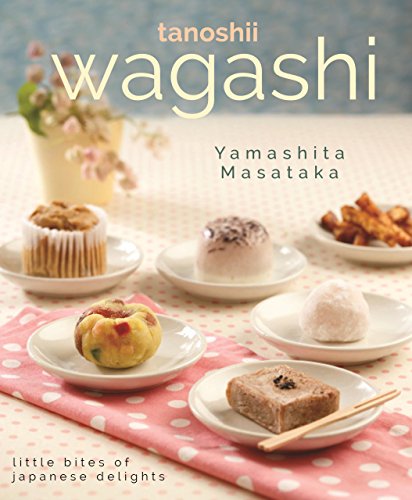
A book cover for Tanoshii Wagashi: Little Bites of Japanese Delights; Yamashita Masataka; Cookbooks, Food & Wine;